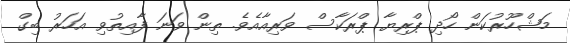
މަޝްހޫރުކަން ހޯދި ޕްރިޔާ ޕްރަކާސް ވަރިއާއެވެ. ތިން ވަނަ ފާއިތުވި އަހަރު ބިގް